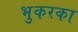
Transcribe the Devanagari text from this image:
भुकरका